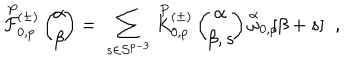
LaTeX: \stackrel { P } { \cal F } { } \! \! _ { 0 , p } ^ { ( \pm ) } \left( \begin{array} { c } { { \! \! \alpha \! \! } } \\ { { \! \! \beta \! \! } } \\ \end{array} \right) = \; \sum _ { s \in { \cal S } ^ { p - 3 } } \stackrel { P } { K } { } \! \! _ { 0 , p } ^ { ( \pm ) } \left( \begin{array} { c } { { \! \! \alpha \! \! } } \\ { { \! \! \beta , s \! \! } } \\ \end{array} \right) \stackrel { \alpha } { \omega } _ { 0 , p } \! \! \lbrack \beta + s \rbrack \; \; ,